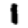
Digit: 1